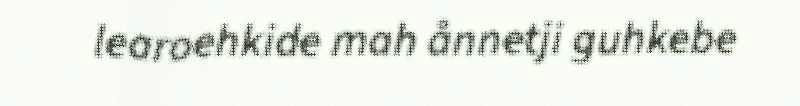
learoehkide mah ånnetji guhkebe